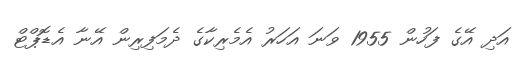
އަދި އޭގެ ފަހުން 1955 ވަނަ އަހަރު އެމެރިކާގެ ދެމަފިރިން އޭނާ އެޑޮޕްޓް